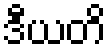
ဒီယတိ